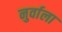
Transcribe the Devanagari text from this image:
नुर्वाला